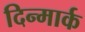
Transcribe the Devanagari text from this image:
दिन्मार्क